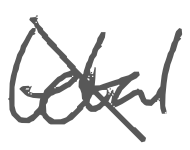
Text: total
Cross-out: diagonal
Writing tool: digital_gray